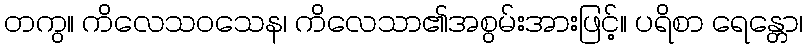
တကွ။ ကိလေသဝသေန၊ ကိလေသာ၏အစွမ်းအားဖြင့်။ ပရိစာ ရေန္တော၊